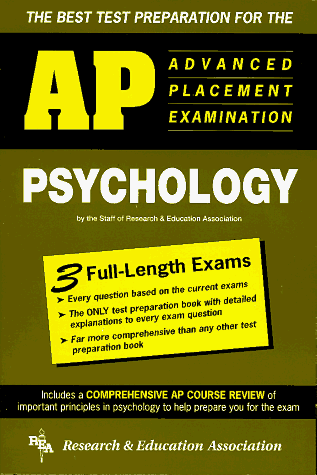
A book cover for The Best Test Preparation for the Advanced Placement Examination in Psychology (Advanced Placement (AP) Test); Sports & Outdoors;